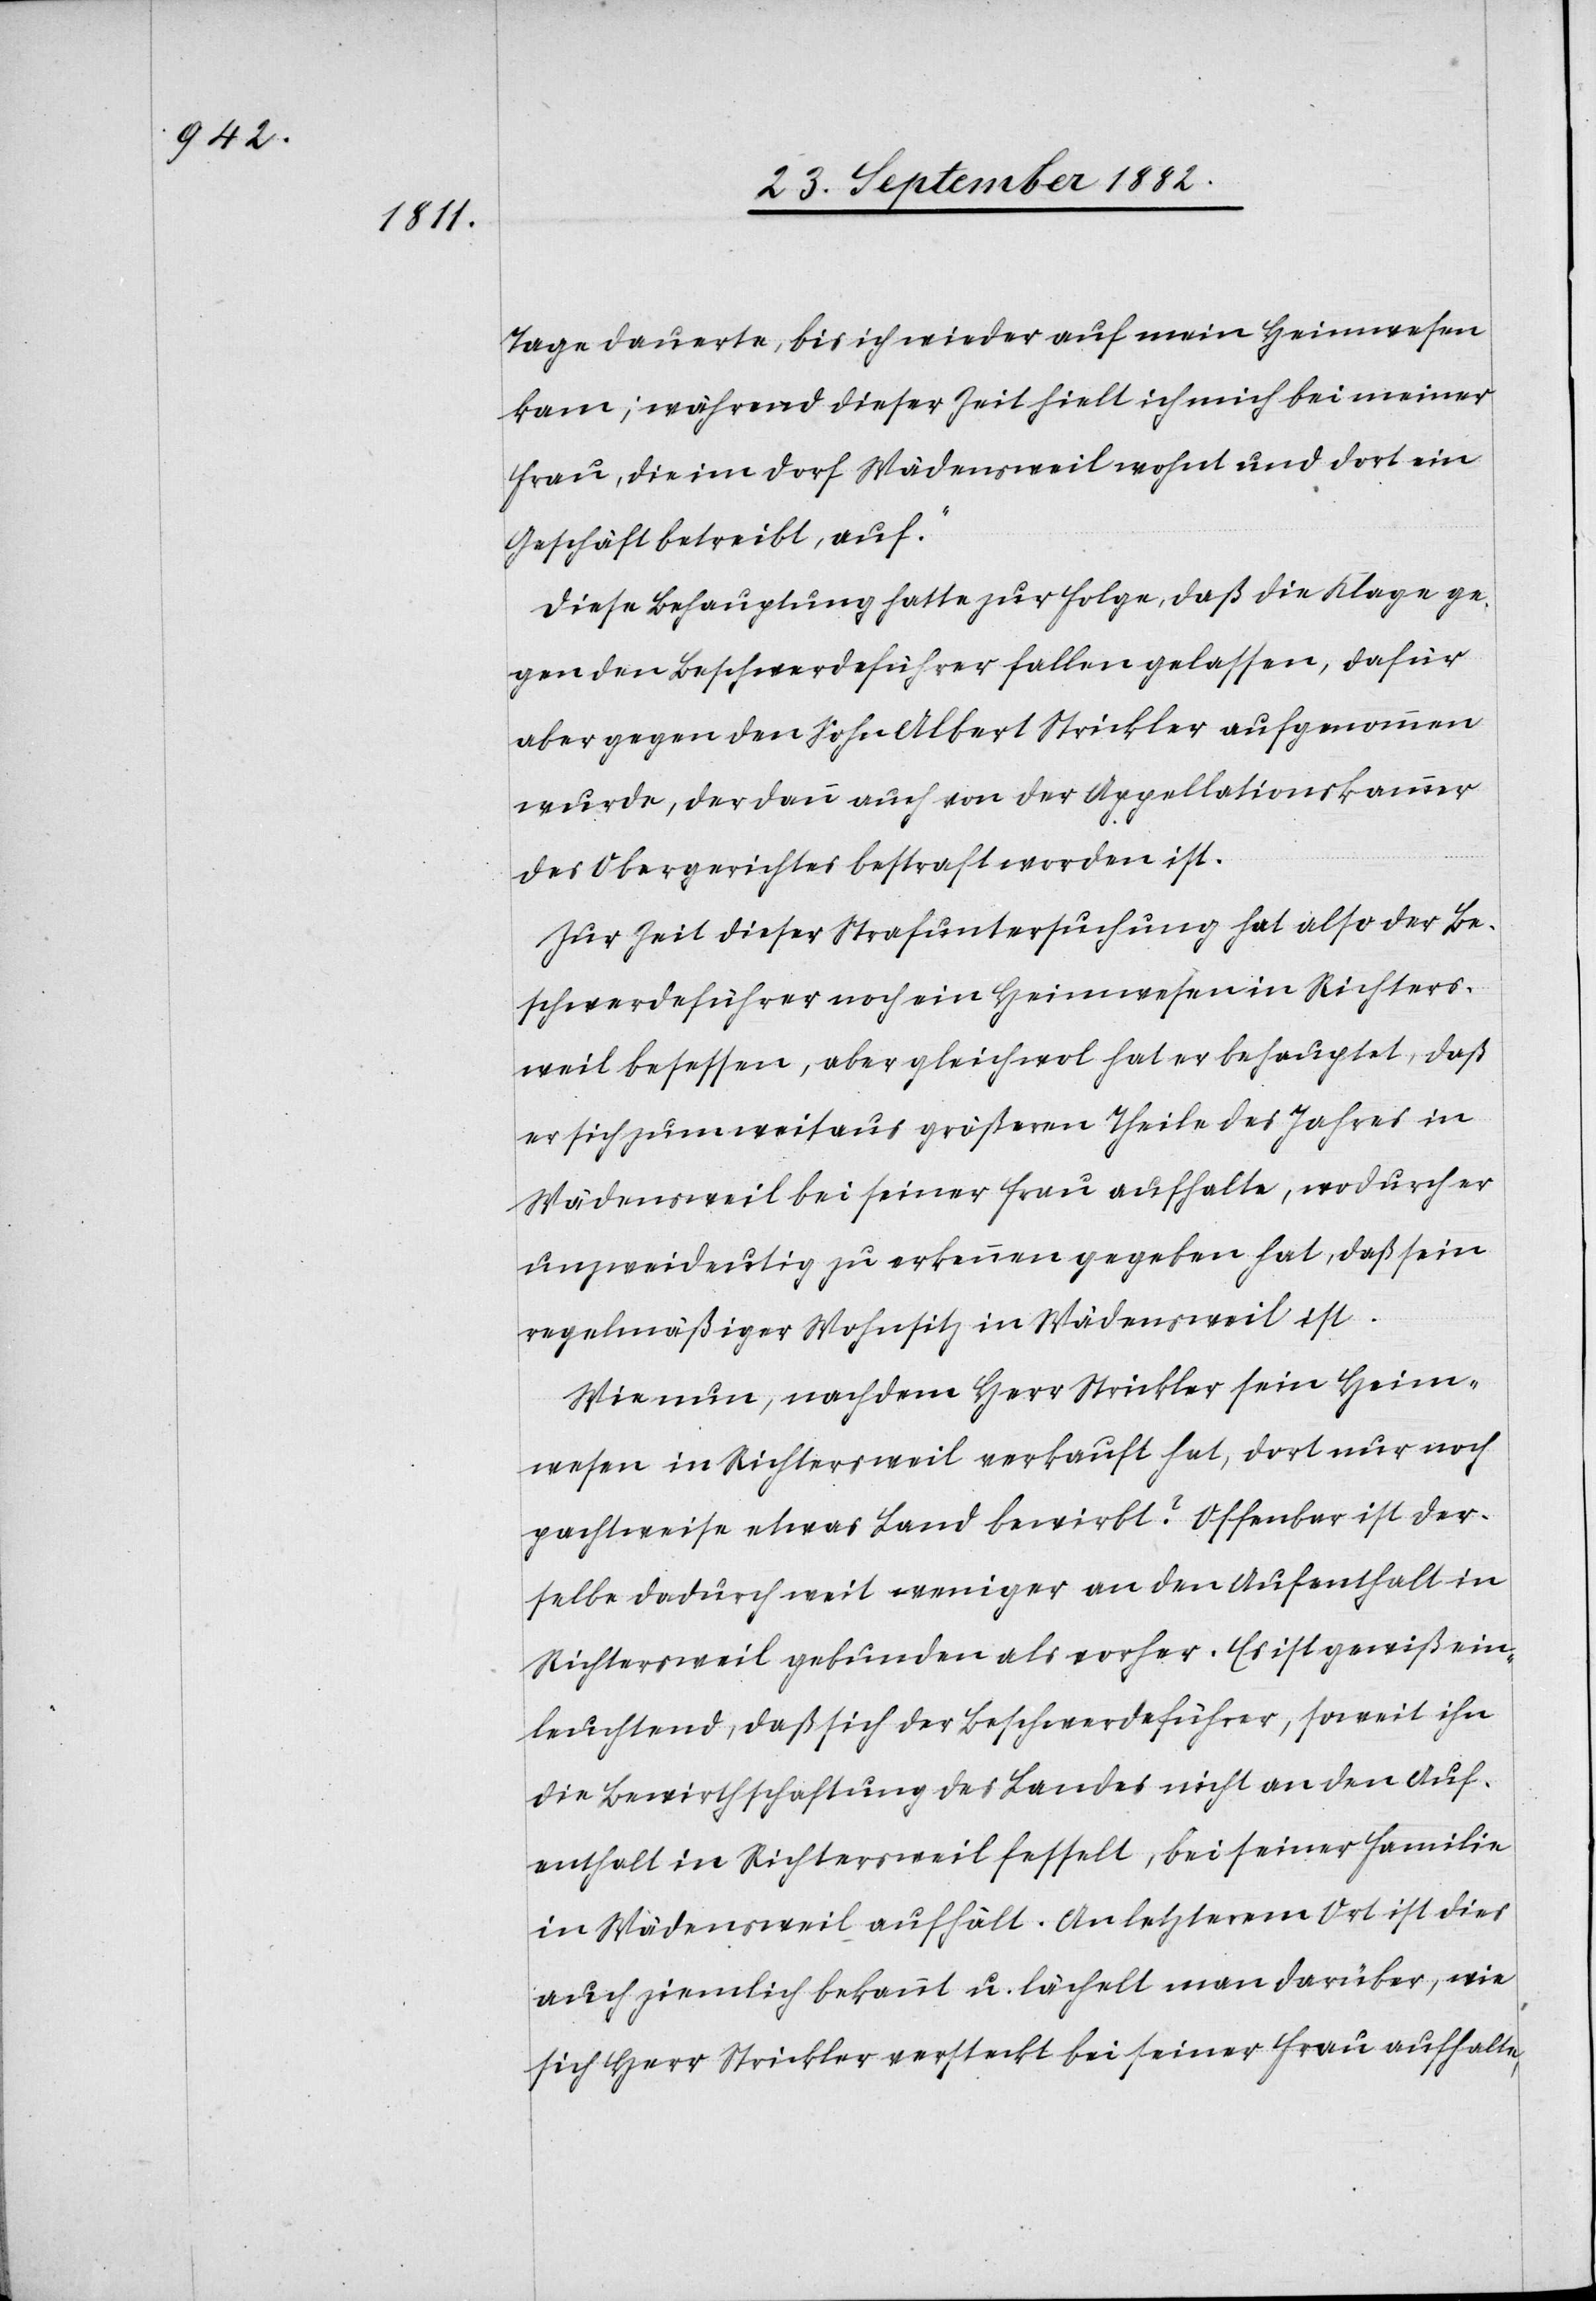
Tage dauerte, bis ich wieder auf mein Heimwesen
kam; während dieser Zeit hielt ich mich bei meiner
Frau, die im Dorf Wädensweil wohnt und dort ein
Geschäft betreibt, auf.“
Diese Behauptung hatte zur Folge, daß die Klage ge¬
gen den Beschwerdeführer fallen gelassen, dafür
aber gegen den Sohn Albert Strickler aufgenommen
wurde, der dann auch von der Appellationskammer
des Obergerichtes bestraft worden ist.
Zur Zeit dieser Strafuntersuchung hat also der Be¬
schwerdeführer noch ein Heimwesen in Richters¬
weil besessen, aber gleichwol hat er behauptet, daß
er sich zum weitaus größern Theile des Jahres in
Wädensweil bei seiner Frau aufhalte, wodurch er
unzweideutig zu erkennen gegeben hat, daß sein
regelmäßiger Wohnsitz in Wädensweil ist.
Wie nun, nachdem Herr Strickler sein Heim¬
wesen in Richtersweil verkauft hat, dort nur noch
pachtweise etwas Land bewirbt? Offenbar ist der¬
selbe dadurch weit weniger an den Aufenthalt in
Richtersweil gebunden als vorher. Es ist gewiß ein¬
leuchtend daß sich der Beschwerdeführer, soweit ihn
die Bewirthschaftung des Landes nicht an den Auf¬
enthalt in Richtersweil fesselt, bei seiner Familie
in Wädensweil aufhält. An letzterem Ort ist dies
auch ziemlich bekannt u. lächelt man darüber, wie
sich Herr Strickler versteckt bei seiner Frau aufhalte,